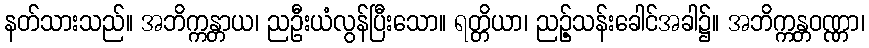
နတ်သားသည်။ အဘိက္ကန္တာယ၊ ညဦးယံလွန်ပြီးသော။ ရတ္တိယာ၊ ညဉ့်သန်းခေါင်အခါ၌။ အဘိက္ကန္တဝဏ္ဏာ၊